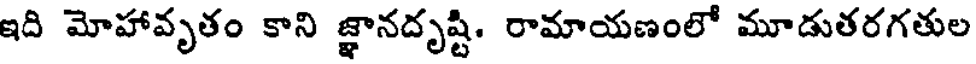
ఇది మోహావృతం కాని జ్ఞానదృష్టి. రామాయణంలో మూడుతరగతుల